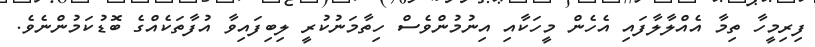
ފިރިމީހާ ތިމާ އެއްލާލާފައި އެހެން މީހަކާއި އިނުމުންވެސް ހިތާމަނުކުރީ ލިބިފައިވާ އުފާތަކެއްގެ ބޮޑުކަމުންނެވެ.